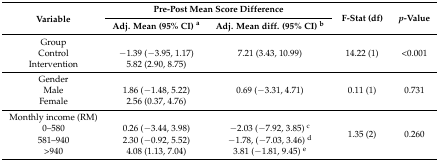
<table><thead><tr><td rowspan="2"><b>Variable</b></td><td colspan="2"><b>Pre-Post Mean Score Difference</b></td><td rowspan="2"><b>F-Stat (df)</b></td><td rowspan="2"><b><i>p</i>-Value</b></td></tr><tr><td><b>Adj. Mean (95% CI) <sup>a</sup></b></td><td><b>Adj. Mean diff. (95% CI) <sup>b</sup></b></td></tr></thead><tbody><tr><td>Group Control Intervention</td><td> −1.39 (−3.95, 1.17) 5.82 (2.90, 8.75)</td><td>7.21 (3.43, 10.99)</td><td>14.22 (1)</td><td>&lt;0.001</td></tr><tr><td>Gender Male Female</td><td> 1.86 (−1.48, 5.22) 2.56 (0.37, 4.76)</td><td>0.69 (−3.31, 4.71)</td><td>0.11 (1)</td><td>0.731</td></tr><tr><td>Monthly income (RM) 0–580 581–940 &gt;940</td><td> 0.26 (−3.44, 3.98) 2.30 (−0.92, 5.52) 4.08 (1.13, 7.04)</td><td> −2.03 (−7.92, 3.85) <sup>c</sup>−1.78, (−7.03, 3.46) <sup>d</sup>3.81 (−1.81, 9.45) <sup>e</sup></td><td>1.35 (2)</td><td>0.260</td></tr></tbody></table>